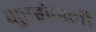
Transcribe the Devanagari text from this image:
शुरहोजली